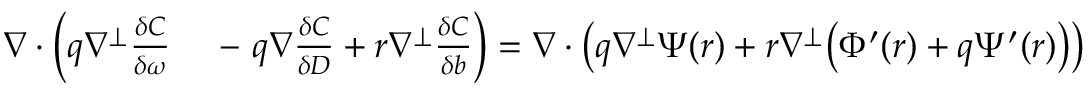
\begin{array} { r l } { \nabla \cdot \left( q \nabla ^ { \perp } \frac { \delta C } { \delta \omega } \right. } & { { } - \left. q \nabla \frac { \delta C } { \delta D } + r \nabla ^ { \perp } \frac { \delta C } { \delta b } \right) = \nabla \cdot \left( q \nabla ^ { \perp } \Psi ( r ) + r \nabla ^ { \perp } \big ( \Phi ^ { \prime } ( r ) + q \Psi ^ { \prime } ( r ) \big ) \right) } \end{array}